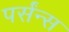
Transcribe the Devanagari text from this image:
पर्संन्स